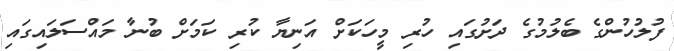
ފުލުހުންގެ ބެލުމުގެ ދަށުގައި ހުރި މީހަކަށް އަނިޔާ ކުރި ކަމަށް ބުނާ މައްސަލައިގައި